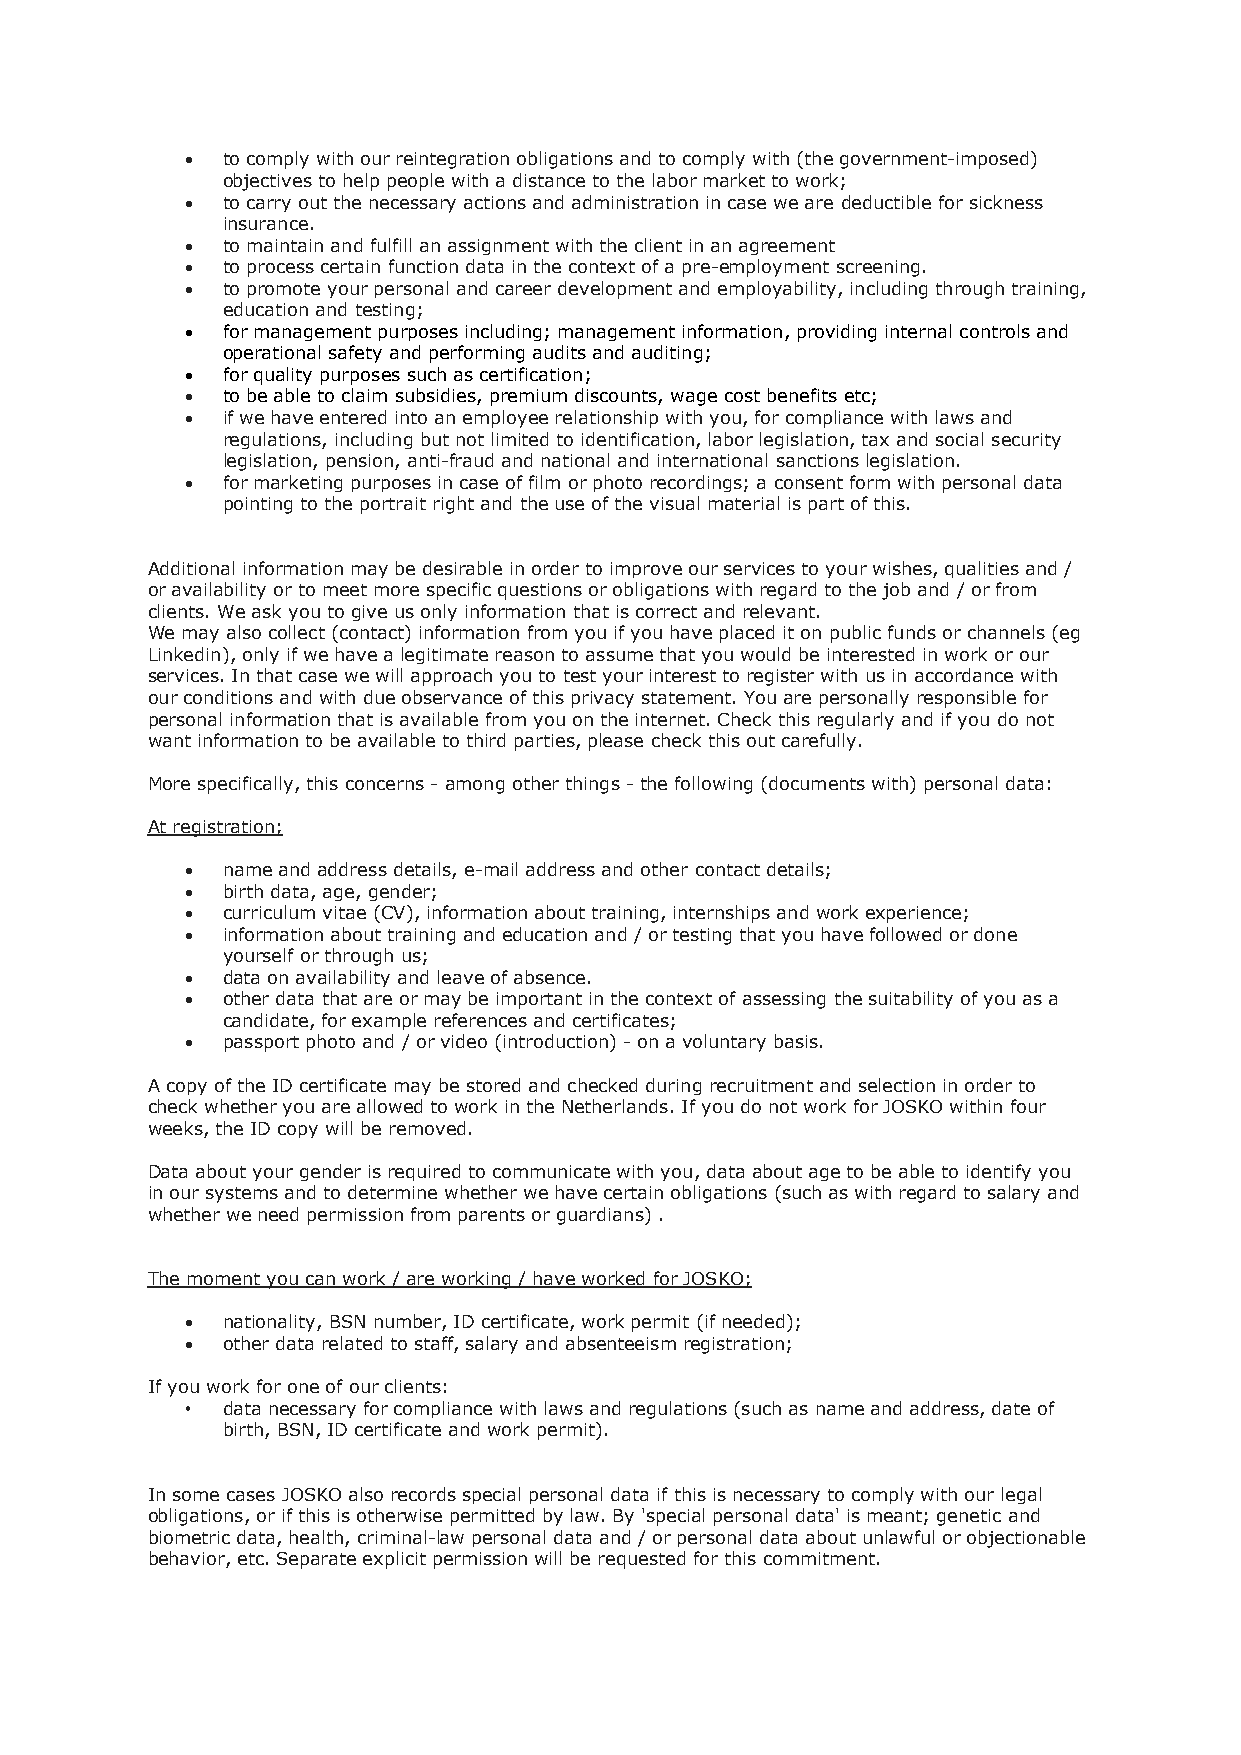
•  to comply with our reintegration obligations and to comply with (the government-imposed)
 objectives to help people with a distance to the labor market to work;
 •  to carry out the necessary actions and administration in case we are deductible for sickness
 insurance.
 •  to maintain and fulfill an assignment with the client in an agreement
 •  to process certain function data in the context of a pre-employment screening.
 •  to promote your personal and career development and employability, including through training,
 education and testing;
 •  for management purposes including; management information, providing internal controls and
 operational safety and performing audits and auditing;
 •  for quality purposes such as certification;
 •  to be able to claim subsidies, premium discounts, wage cost benefits etc;
 •  if we have entered into an employee relationship with you, for compliance with laws and
 regulations, including but not limited to identification, labor legislation, tax and social security
 legislation, pension, anti-fraud and national and international sanctions legislation.
 •  for marketing purposes in case of film or photo recordings; a consent form with personal data
 pointing to the portrait right and the use of the visual material is part of this.
 Additional information may be desirable in order to improve our services to your wishes, qualities and /
 or availability or to meet more specific questions or obligations with regard to the job and / or from
 clients. We ask you to give us only information that is correct and relevant.
 We may also collect (contact) information from you if you have placed it on public funds or channels (eg
 Linkedin), only if we have a legitimate reason to assume that you would be interested in work or our
 services. In that case we will approach you to test your interest to register with us in accordance with
 our conditions and with due observance of this privacy statement. You are personally responsible for
 personal information that is available from you on the internet. Check this regularly and if you do not
 want information to be available to third parties, please check this out carefully.
 More specifically, this concerns - among other things - the following (documents with) personal data:
 At registration;
 •  name and address details, e-mail address and other contact details;
 •  birth data, age, gender;
 •  curriculum vitae (CV), information about training, internships and work experience;
 •  information about training and education and / or testing that you have followed or done
 yourself or through us;
 •  data on availability and leave of absence.
 •  other data that are or may be important in the context of assessing the suitability of you as a
 candidate, for example references and certificates;
 •  passport photo and / or video (introduction) - on a voluntary basis.
 A copy of the ID certificate may be stored and checked during recruitment and selection in order to
 check whether you are allowed to work in the Netherlands. If you do not work for JOSKO within four
 weeks, the ID copy will be removed.
 Data about your gender is required to communicate with you, data about age to be able to identify you
 in our systems and to determine whether we have certain obligations (such as with regard to salary and
 whether we need permission from parents or guardians) .
 The moment you can work / are working / have worked for JOSKO;
 •  nationality, BSN number, ID certificate, work permit (if needed);
 •  other data related to staff, salary and absenteeism registration;
 If you work for one of our clients:
 •  data necessary for compliance with laws and regulations (such as name and address, date of
 birth, BSN, ID certificate and work permit).
 In some cases JOSKO also records special personal data if this is necessary to comply with our legal
 obligations, or if this is otherwise permitted by law. By 'special personal data' is meant; genetic and
 biometric data, health, criminal-law personal data and / or personal data about unlawful or objectionable
 behavior, etc. Separate explicit permission will be requested for this commitment.